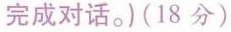
完成对话。)(18分)